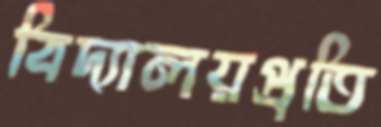
বিদ্যালয়প্রতি